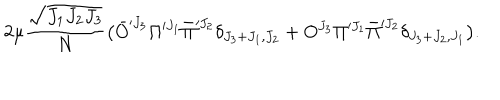
2 \mu { \frac { \sqrt { J _ { 1 } J _ { 2 } J _ { 3 } } } { N } } \big ( \bar { O } ^ { \prime J _ { 3 } } \Pi ^ { \prime J _ { 1 } } \bar { \Pi } ^ { \prime J _ { 2 } } \delta _ { J _ { 3 } + J _ { 1 } , J _ { 2 } } + O ^ { J _ { 3 } } \Pi ^ { \prime J _ { 1 } } \bar { \Pi } ^ { \prime J _ { 2 } } \delta _ { J _ { 3 } + J _ { 2 } , J _ { 1 } } \big ) .